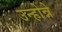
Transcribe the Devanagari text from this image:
उन्होन्ने